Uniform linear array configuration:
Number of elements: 32
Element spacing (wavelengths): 0.5
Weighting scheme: hann
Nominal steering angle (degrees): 15
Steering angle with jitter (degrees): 16.528
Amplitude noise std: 0.05
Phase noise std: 0.05

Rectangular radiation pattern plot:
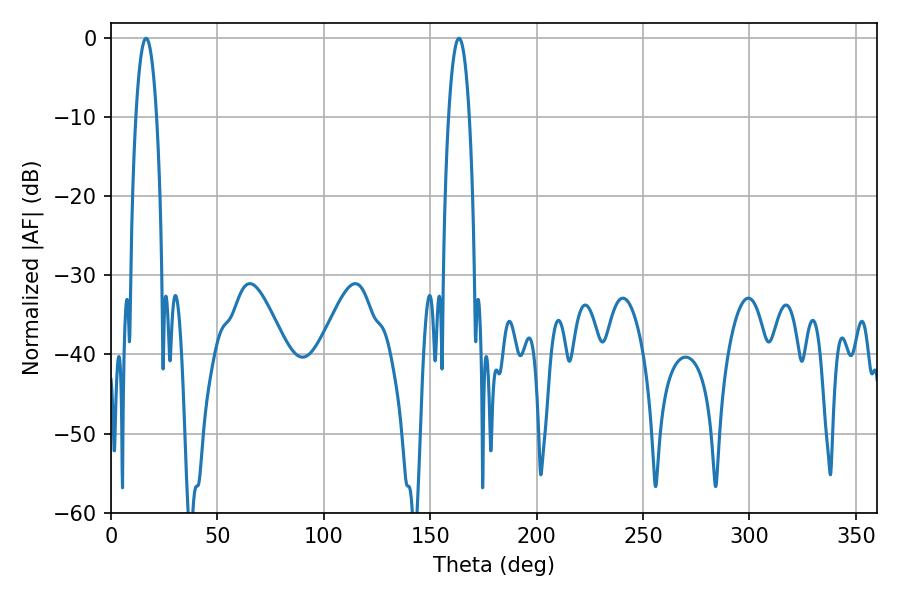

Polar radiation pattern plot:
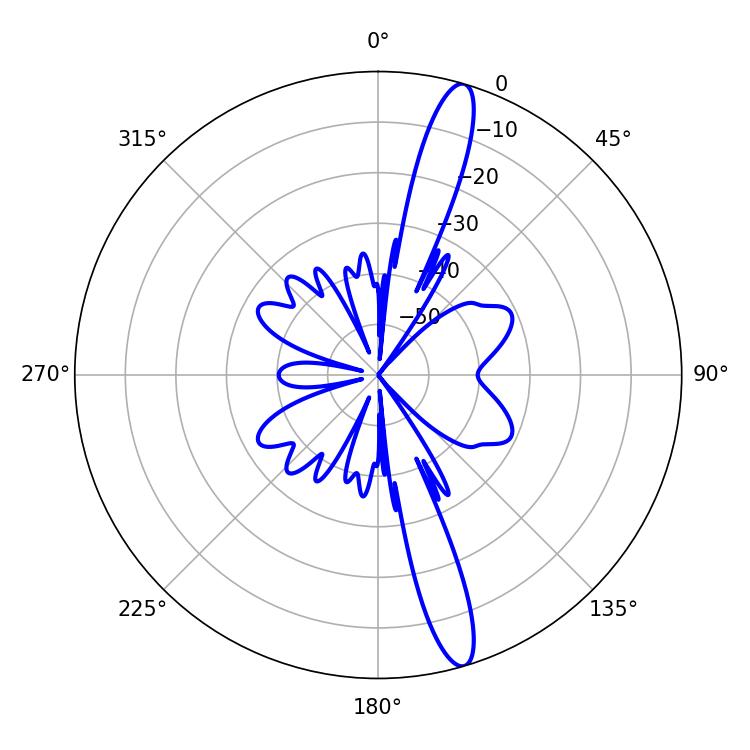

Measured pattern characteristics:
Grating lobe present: FALSE
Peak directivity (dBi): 15.382
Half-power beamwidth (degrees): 5.4
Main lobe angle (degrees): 16.56